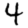
Digit: 4